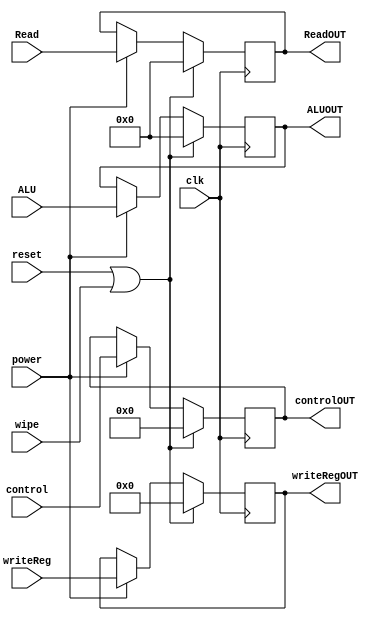
module MEMWB(input [7:0] control, input [31:0] Read, ALU, input [4:0] writeReg, input clk,reset,wipe,power, output reg [7:0] controlOUT, output reg[31:0] ReadOUT,ALUOUT,output reg [4:0] writeRegOUT);
	
	always @(negedge clk) begin
		if (reset | wipe) begin
			controlOUT <= 0;
			ReadOUT <= 0;
			ALUOUT <= 0;
			writeRegOUT <= 0;
		end
		else if (power) begin
			controlOUT <= control;
			ReadOUT <= Read;
			ALUOUT <= ALU;
			writeRegOUT <= writeReg;
		end


	end



endmodule